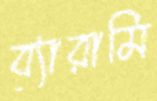
ব্যারামি